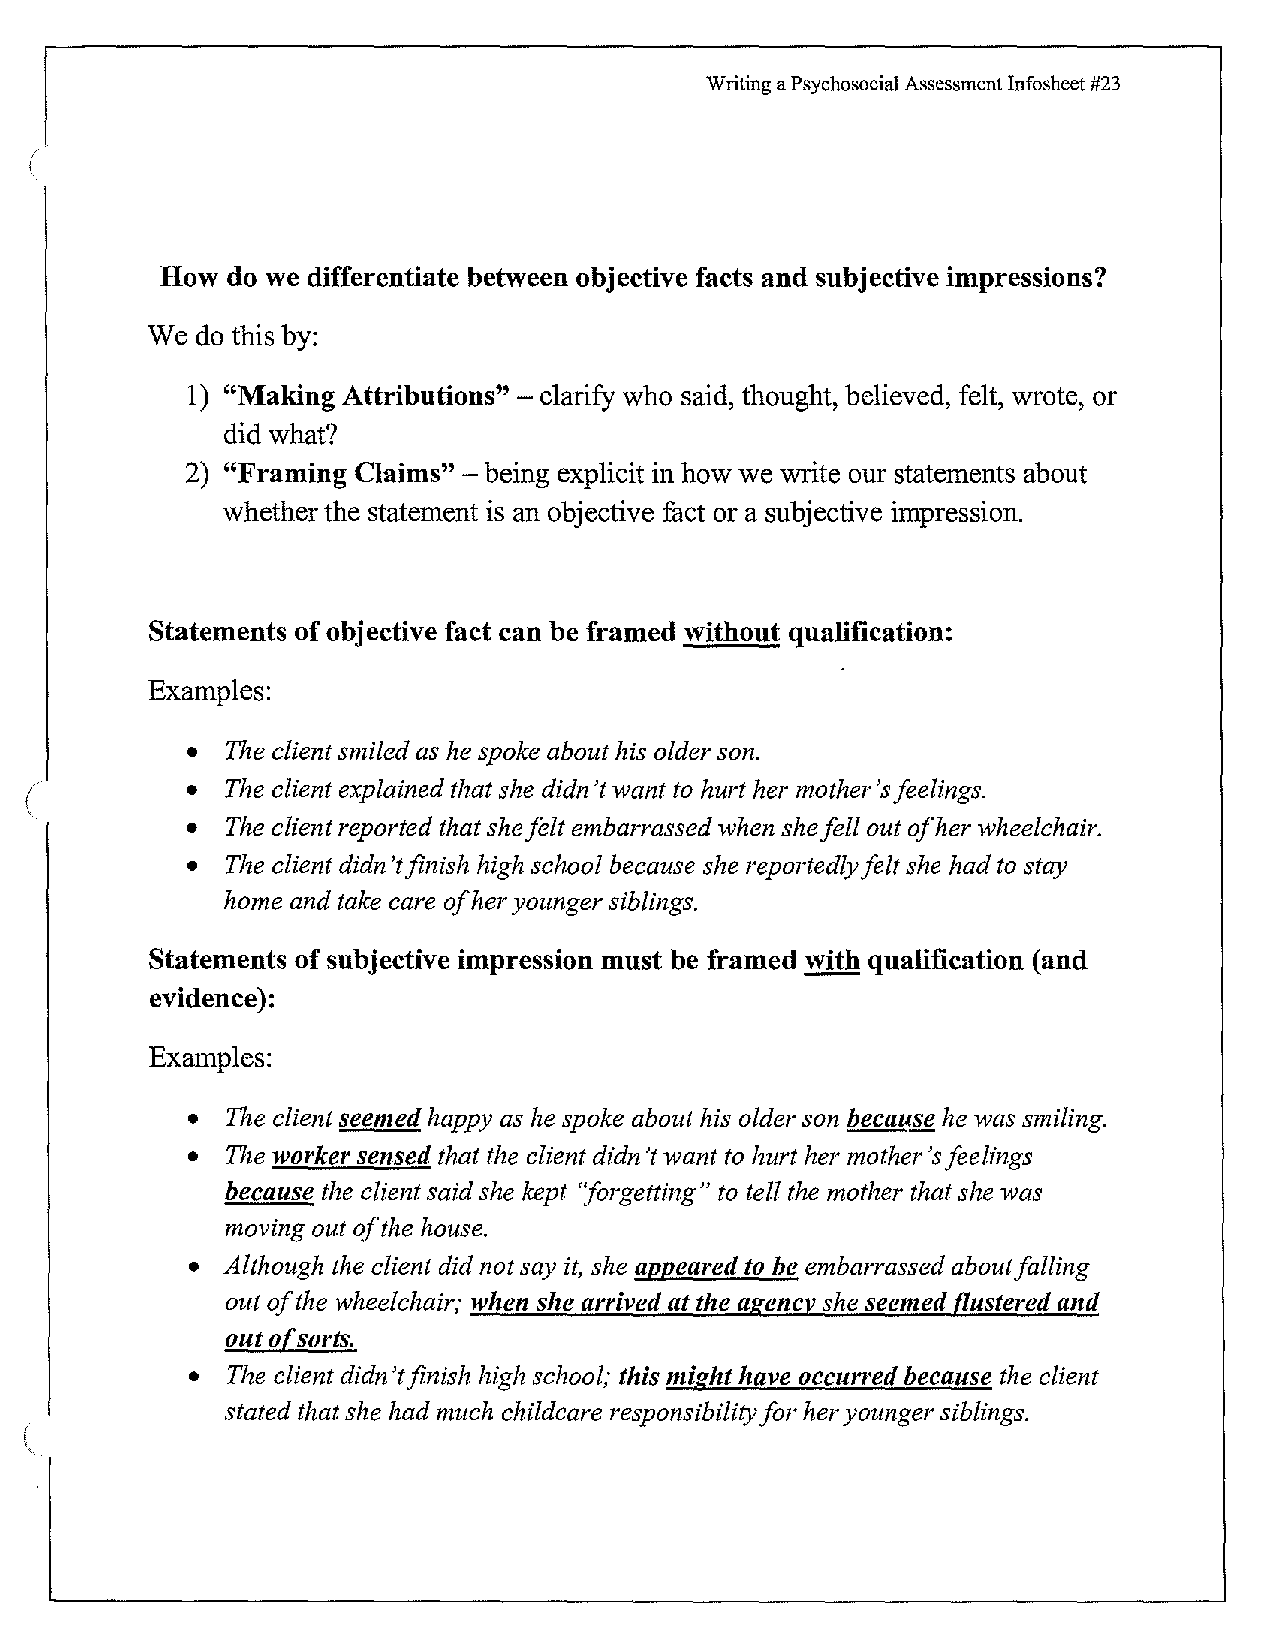
Writing a Psychosocial Assessment Infosheet #23
 How  do we differentiate between objective facts and subjective impressions?
 We  do this by:
 1) "Making Attributions" - clarify who said, thought, believed, felt, wrote, or
 did what?
 2) "Framing Claims" - being explicit in how we write our statements about
 whether the statement is an objective fact or a subjective impression.
 Statements of objective fact can be framed without qualification:
 Examples:
 •  The client smiled as he spoke about his older son.
 •  The client explained that she didn't want to hurt her mother's feelings.
 •  The client reported that she felt embarrassed when she fell out of her wheelchair.
 •  The client didn 'tfinish high school because she reportedly felt she had to stay
 home and take care of her younger siblings.
 Statements of subjective impression must be framed with qualification (and
 evidence):
 Examples:
 •  The client seemed happy as he spoke about his older son becau§g_he was smiling.
 •  The worker sensed that the client didn't want to hurt her mother's feelings
 because the client said she kept ''forgetting" to tell the mother that she was
 moving out of the house.
 • Although the client did not say it, she appeared to be embarrassed about falling
 out of the wheelchair; when she arrived at the agency she seemed flustered and
 out of sorts.
 •  The client didn't finish high school; this might have occurred because the client
 stated that she had much childcare responsibility for her younger siblings.